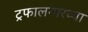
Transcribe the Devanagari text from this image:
ट्रफालगारच्या